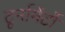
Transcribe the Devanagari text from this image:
टूर्नामेंर्टों